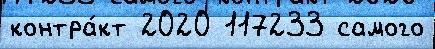
контра́кт 2020 117233 самого